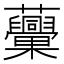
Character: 𧅾